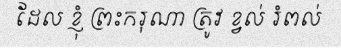
ដែល ខ្ញុំ ព្រះករុណា ត្រូវ ខ្វល់ រំពល់